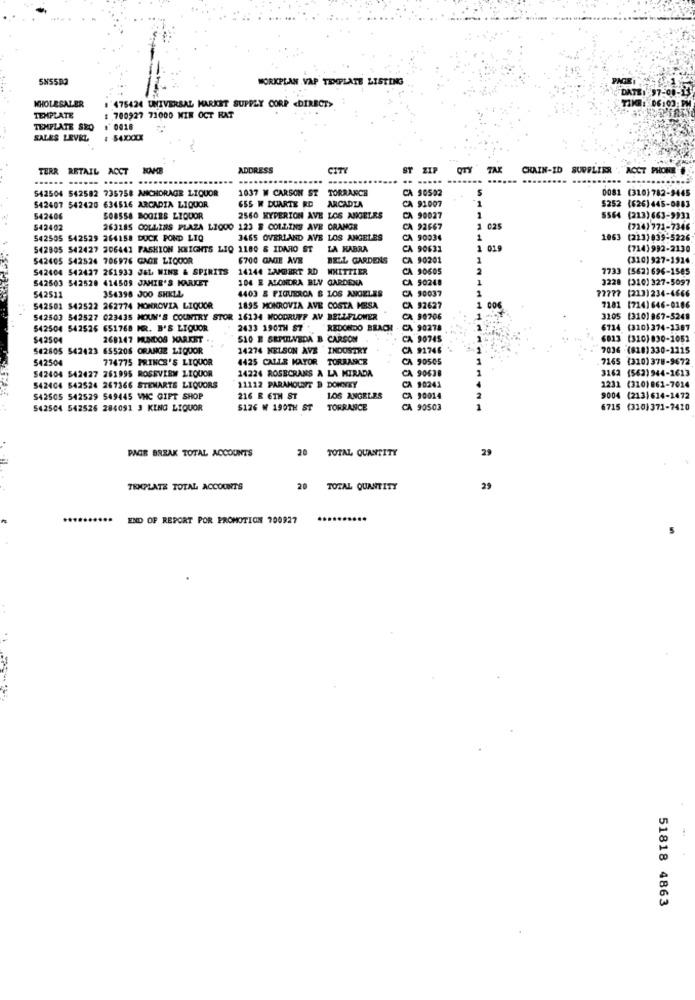
WORKPLAN VAP TEMPLATE LISTING
WHOLESALER
1 475424 UNIVERSAL MARKET SUPPLY CORP <DIRECT>
TEMPLATE
: 700927 71000 MIN OCT RAT
TEMPLATE SRO
# 0018
SALES LEVEL
# $4XXXX
TERR
RETAIL ACCT
NAME
ADDRESS
CITY
ST ZIP
QTY TAK
CHAIN-ID
SUPPLIER
ACCT PHONE
..
.....
542504 542582 735758 ANCHORAGE LIQUOR
1037 W CARSON ST
TORRANCE
CA 90502
0081 (310)782-9445
542407 542420 634516 ARCADIA LIQUOR
655 W DUARTE RD
ARCADIA
CA 91007
$252 (626)445-0883
542406
$08558 BOGIES LIQUOR
2560 HYPERION AVE LOS ANGELES
CA 90027
5564 (213)663-9931
542402
263185 COLLINS PLAZA LIQOO 123 8 COLLINS AVE ORANGE
CA 92667
2 025
(724) 771-7346
542505 542529 264158 DOCK POND LIQ
3465 OVERLAND AVE LOS ANGELES
CA 90034
1063 (213)039-5226
542805 542427 306441 FASHION KNIGHTS LIQ 1180 & IDAHO ST
LA HABRA
CA 90631
1 019
(714)992-2130
542405 542524 706976 GAGE LIQUOR
6700 GAGE AVE
BELL GARDENS
CA 90201
(310) 927-1914
542404 542427 261933 JEL WINE & SPIRITS
14144 LAMBERT RD WHITTIER
CA 90605
2
7733 (5621696-1585
542503 542528 414509 JAMIE'S MARKET
104 E ALONDRA BLV GARDENA
CA 90248
1
3228 (310) 327-5097
542511
354398 J00 SHELL
4403 & PIQUERCA & LOS ANGELES
CA 90037
77777 (213)234-4666
542501 $42522 262774 MONROVIA LIQUOR
1895 MONROVIA AVE COSTA MESA
CA 92627
1
7181 (714)646-0106
542503 542527 623435 MOUN'S COUNTRY STOR 16134 WOODRUFF AV BELLFLOWER
CA 90706
3105
(310) 967-5249
542504 542526 651768 MR. B'S LIQUOR
2433 190TH $7 +
REDONDO BEACH
CA 90278
6714
(310)374-1387
$42504
268147 MUNDOS MARKET
S10 E SEPULVEDA B CARSOM.
CA 90745
6813 (310)830-1052
542805 542423 655206 ORANGE LIQUOR
14274 NELSON AVE INDUSTRY
CA 91746
7034 -(818)330-1115
542504
774775 PRINCE'S LIQUOR
4425 CALLE MAYOR TORRANCE
CA 90505
7165 (310)378-9672
542404 542427 261995 ROSEVIRM LIQUOR
14224 ROSECRANS A LA MIRADA
CA 90638
3162 (562) 944-1613
1231
542404 542524 267366 STEMARTS LIQUORS
11112 PARAMOUNT B DONNEY
CA 90241
(310) 861-7014
$42505 542529 549445 VNC GIFT SHOP
216 R 6TH ST
LOS ANGELES
CA 90014
9004
(213) 614-1472
542504 542525 284091 3 KING LIQUOR
5126 W 190TH ST
TORRANCE
CA 90503
6715 (310)371-7420
PAGE BREAK TOTAL ACCOUNTS
20 TOTAL QUANTITY
29
TEMPLATE TOTAL ACCOUNTS
20 TOTAL QUANTITY
29
END OF REPORT POR PROMOTION 700927
51818 4863